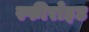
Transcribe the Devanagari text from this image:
स्फीरोइड